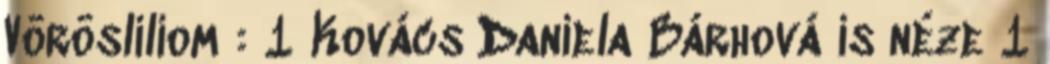
Vörösliliom : 1 Kovács Daniela Bárhová is néze 1